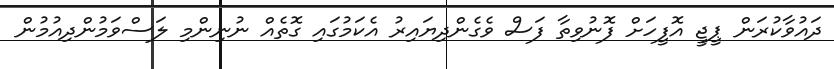
ދައުވާކުރަން ޕީޖީ އޮފީހަށް ފޮނުވިތާ ފަސް ވެގެންދިޔައިރު އެކަމުގައި ގޮތެއް ނުނިންމި ލަަަސްވަމުންދިއުމުން